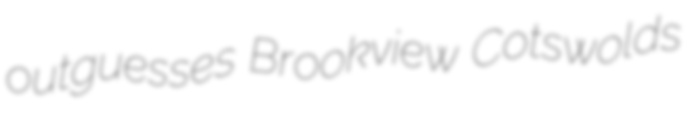
outguesses Brookview Cotswolds